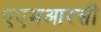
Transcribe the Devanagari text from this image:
एएमआरसी